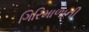
ગિરિમાળાની